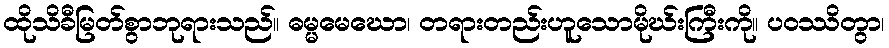
ထိုသိခီမြတ်စွာဘုရားသည်။ ဓမ္မမေဃော၊ တရားတည်းဟူသောမိုဃ်းကြီးကို။ ပဝဿိတွာ၊